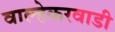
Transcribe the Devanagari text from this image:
वाल्हेकरवाडी